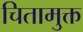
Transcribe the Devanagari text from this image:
चितामुक्त